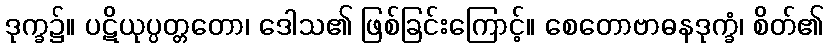
ဒုက္ခ၌။ ပဋိယုပ္ပတ္တတော၊ ဒေါသ၏ ဖြစ်ခြင်းကြောင့်။ စေတောဗာဓနဒုက္ခံ၊ စိတ်၏